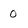
Character: 0